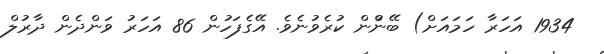
1934 އަހަރާ ހަމައަށް) ބޭނުްން ކުރެވުނެވެ. އޭގެފަހުން 86 އަހަރު ވަންދެން ދާރުލް